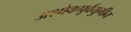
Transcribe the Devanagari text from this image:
अशोकपूर्वयुगीन